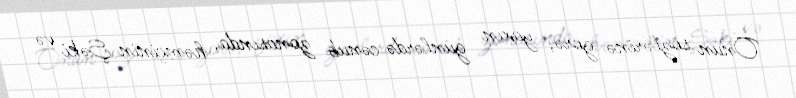
Onun sözlərinə görə, yaxın günlərdə cənub zonasında, həmçinin Şəki və